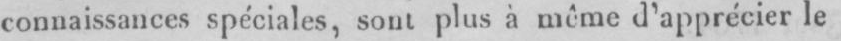
connaissances spéciales, sont plus à même d’apprécier le